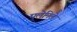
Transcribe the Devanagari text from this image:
घुलेमिले